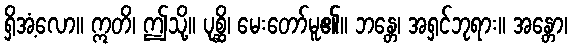
ရှိအံ့လော။ ဣတိ၊ ဤသို့။ ပုစ္ဆိ၊ မေးတော်မူ၏။ ဘန္တေ၊ အရှင်ဘုရား။ အန္တော၊